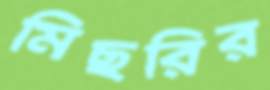
মিছরির